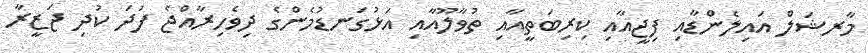
މާރޝަލް އައިލެންޑާއި ފިޖީއާއި ކިރިބަތީއާއި ތުވާލޫއާއި އަޅުގަނޑުމެންގެ ދިވެހިރާއްޖެ ފަދަ ކުދި ޖަޒީރާ